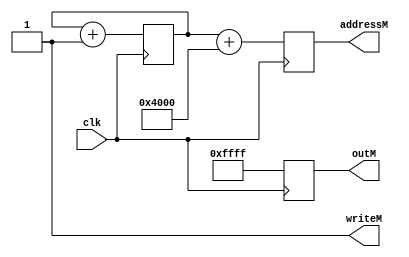
module video_filler(
input clk,
output reg [15:0] outM, 
output reg [14:0] addressM,
output writeM);

reg [12:0] counter;

assign writeM = 1'b1;

initial begin
counter <= 0;
end

always @(posedge clk) begin
counter <= counter + 1;
end

always @(posedge clk) begin
outM <= 16'hffff;
addressM <= counter + 16384;
end

endmodule